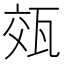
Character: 𭺡